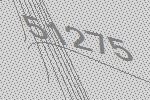
51275